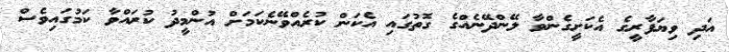
އަދި ވިޔަފާރީގެ އެކަށީގެންވާ ލޭންދޭނެއްގެ ގޮތުގައި އެކަން ކުރެއްވޭނެކަމަށް އުންމީދު ކުރައްވާ ކަމުގައިވެސް